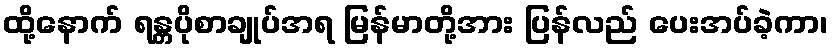
ထို့နောက် ရန္တပိုစာချုပ်အရ မြန်မာတို့အား ပြန်လည် ပေးအပ်ခဲ့ကာ၊